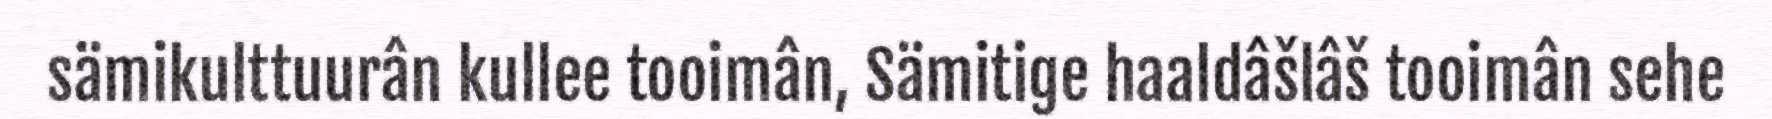
sämikulttuurân kullee tooimân, Sämitige haaldâšlâš tooimân sehe